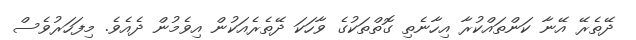
ދޭތެރޭ އޭނާ ކަންތައްކުރާ އިހާނެތި ގޮތްތަކުގެ ވާހަކަ ދޭތެރެއަކުން އިވެމުން ދެއެވެ. މިފަހަރުވެސް